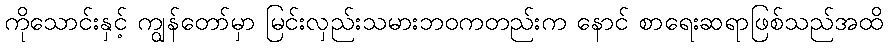
ကိုသောင်းနှင့် ကျွန်တော်မှာ မြင်းလှည်းသမားဘဝကတည်းက နောင် စာရေးဆရာဖြစ်သည်အထိ